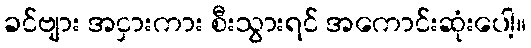
ခင်ဗျား အငှားကား စီးသွားရင် အကောင်းဆုံးပေါ့။